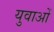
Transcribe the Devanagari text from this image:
युवाअों